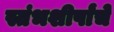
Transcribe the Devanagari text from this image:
स्तंभशीर्षांचे